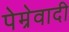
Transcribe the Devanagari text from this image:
पेम्रेवादी